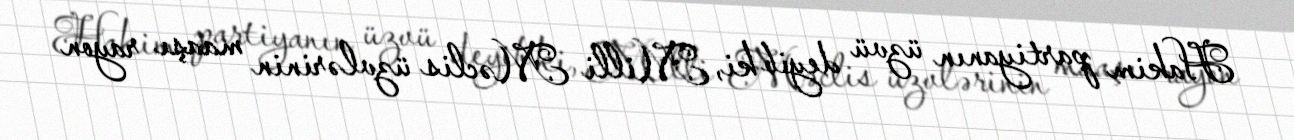
Hakim partiyanın üzvü deyib ki, Milli Məclis üzvlərinin maaşı rayon